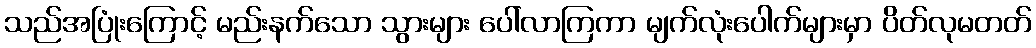
သည်အပြုံးကြောင့် မည်းနက်သော သွားများ ပေါ်လာကြကာ မျက်လုံးပေါက်များမှာ ပိတ်လုမတတ်